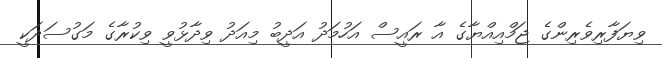
ވިޔަފާރިވެރިންގެ ޖަމްއިއްޔާގެ އާ ރައީސް އަހުމަދު އަދީބު މިއަދު ވިދާޅުވީ ވިކުރާގެ މަގުސަދަކީ